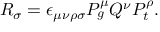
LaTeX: R _ { \sigma } = \epsilon _ { \mu \nu \rho \sigma } P _ { g } ^ { \mu } Q ^ { \nu } P _ { t } ^ { \rho } .